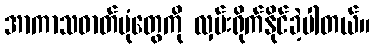
အာကာသဓာတ်ပုံတွေကို လှမ်းရိုက်နိုင်ခဲ့ပါတယ်။